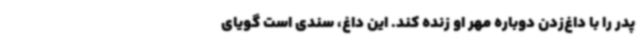
پدر را با داغ‌زدن دوباره مهر او زنده کند. این داغ، سندی است گویای